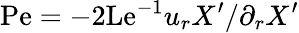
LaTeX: \mathrm{Pe}=-2\mathrm{Le}^{-1}u_{r}X^{\prime}/\partial_{r}X^{\prime}